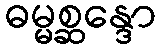
ဓမ္မစ္ဆန္ဒော